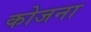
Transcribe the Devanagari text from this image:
कोजना